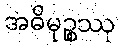
အဓိမုဉ္စဿု